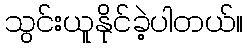
သွင်းယူနိုင်ခဲ့ပါတယ်။